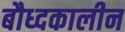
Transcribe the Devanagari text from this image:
बौध्दकालीन